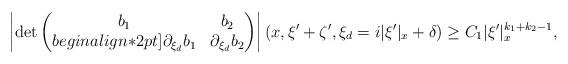
LaTeX: \begin{align*} \left|\det \begin{pmatrix} b_1 &b_2\\begin{align*}2pt] \partial_{\xi_d}b_1 & \partial_{\xi_d}b_2 \end{pmatrix}\right|(x,\xi' + \zeta', \xi_d = i |\xi'|_x+ \delta) \geq C_1 |\xi'|_x^{k_1+k_2 -1}, \end{align*}